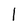
Character: l